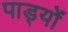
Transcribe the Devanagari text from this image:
पाड्यों